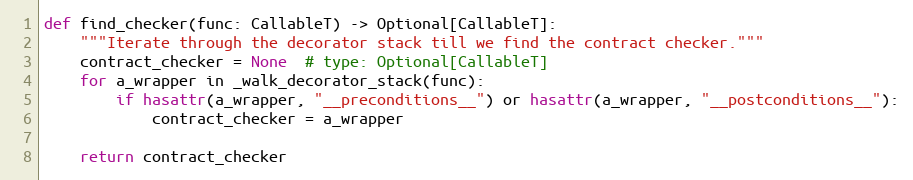
Language: Python
def find_checker(func: CallableT) -> Optional[CallableT]:
    """Iterate through the decorator stack till we find the contract checker."""
    contract_checker = None  # type: Optional[CallableT]
    for a_wrapper in _walk_decorator_stack(func):
        if hasattr(a_wrapper, "__preconditions__") or hasattr(a_wrapper, "__postconditions__"):
            contract_checker = a_wrapper

    return contract_checker